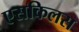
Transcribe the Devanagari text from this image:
एसकिलस